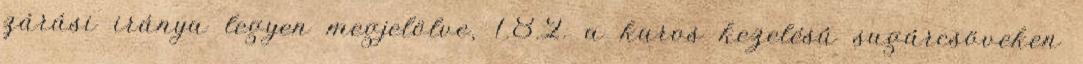
zárási iránya legyen megjelölve, 1.8.2. a karos kezelésû sugárcsöveken